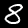
Digit: 8